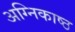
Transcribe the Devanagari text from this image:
अग्निकाष्ठ